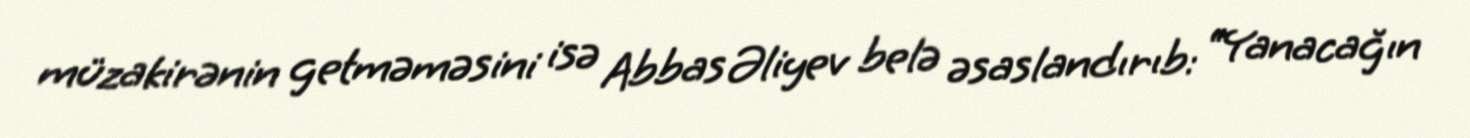
müzakirənin getməməsini isə Abbas Əliyev belə əsaslandırıb: “Yanacağın